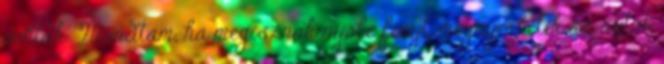
voltak. Mondtam, ha megisznak nyolc fényt, megnyerhetik az autót,